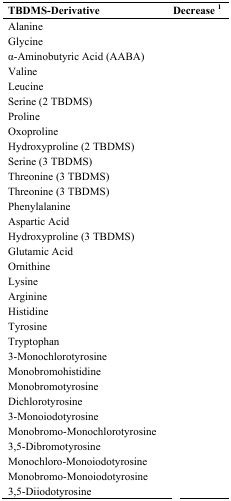
<table><thead><tr><td><b>TBDMS–Derivative</b></td><td><b>Decrease <sup>1</sup></b></td></tr></thead><tbody><tr><td>Alanine</td><td>[EMPTY_CELL]</td></tr><tr><td>Glycine</td><td>[EMPTY_CELL]</td></tr><tr><td>α-Aminobutyric Acid (AABA)</td><td>[EMPTY_CELL]</td></tr><tr><td>Valine</td><td>[EMPTY_CELL]</td></tr><tr><td>Leucine</td><td>[EMPTY_CELL]</td></tr><tr><td>Serine (2 TBDMS)</td><td>[EMPTY_CELL]</td></tr><tr><td>Proline</td><td>[EMPTY_CELL]</td></tr><tr><td>Oxoproline</td><td>[EMPTY_CELL]</td></tr><tr><td>Hydroxyproline (2 TBDMS)</td><td>[EMPTY_CELL]</td></tr><tr><td>Serine (3 TBDMS)</td><td>[EMPTY_CELL]</td></tr><tr><td>Threonine (3 TBDMS)</td><td>[EMPTY_CELL]</td></tr><tr><td>Threonine (3 TBDMS)</td><td>[EMPTY_CELL]</td></tr><tr><td>Phenylalanine</td><td>[EMPTY_CELL]</td></tr><tr><td>Aspartic Acid</td><td>[EMPTY_CELL]</td></tr><tr><td>Hydroxyproline (3 TBDMS)</td><td>[EMPTY_CELL]</td></tr><tr><td>Glutamic Acid</td><td>[EMPTY_CELL]</td></tr><tr><td>Ornithine</td><td>[EMPTY_CELL]</td></tr><tr><td>Lysine</td><td>[EMPTY_CELL]</td></tr><tr><td>Arginine</td><td>[EMPTY_CELL]</td></tr><tr><td>Histidine</td><td>[EMPTY_CELL]</td></tr><tr><td>Tyrosine</td><td>[EMPTY_CELL]</td></tr><tr><td>Tryptophan</td><td>[EMPTY_CELL]</td></tr><tr><td>3-Monochlorotyrosine</td><td>[EMPTY_CELL]</td></tr><tr><td>Monobromohistidine</td><td>[EMPTY_CELL]</td></tr><tr><td>Monobromotyrosine</td><td>[EMPTY_CELL]</td></tr><tr><td>Dichlorotyrosine</td><td>[EMPTY_CELL]</td></tr><tr><td>3-Monoiodotyrosine</td><td>[EMPTY_CELL]</td></tr><tr><td>Monobromo-Monochlorotyrosine</td><td>[EMPTY_CELL]</td></tr><tr><td>3,5-Dibromotyrosine</td><td>[EMPTY_CELL]</td></tr><tr><td>Monochloro-Monoiodotyrosine</td><td>[EMPTY_CELL]</td></tr><tr><td>Monobromo-Monoiodotyrosine</td><td>[EMPTY_CELL]</td></tr><tr><td>3,5-Diiodotyrosine</td><td>[EMPTY_CELL]</td></tr></tbody></table>